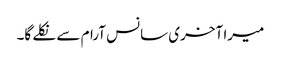
میرا آخری سانس آرام سے نکلے گا۔